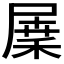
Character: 𡲷